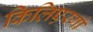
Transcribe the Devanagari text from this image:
किलिएरगो